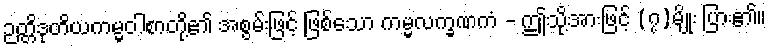
ဉတ္တိဒုတိယကမ္မဝါစာတို့၏ အစွမ်းဖြင့် ဖြစ်သော ကမ္မလက္ခဏကံ - ဤသို့အားဖြင့် (၇)မျိုး ပြား၏။